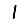
Digit: 1